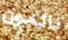
نائمون